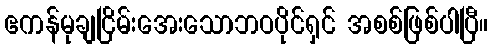
ဧကန်မုချငြိမ်းအေးသောဘဝပိုင်ရှင် အစစ်ဖြစ်ပါပြီ။